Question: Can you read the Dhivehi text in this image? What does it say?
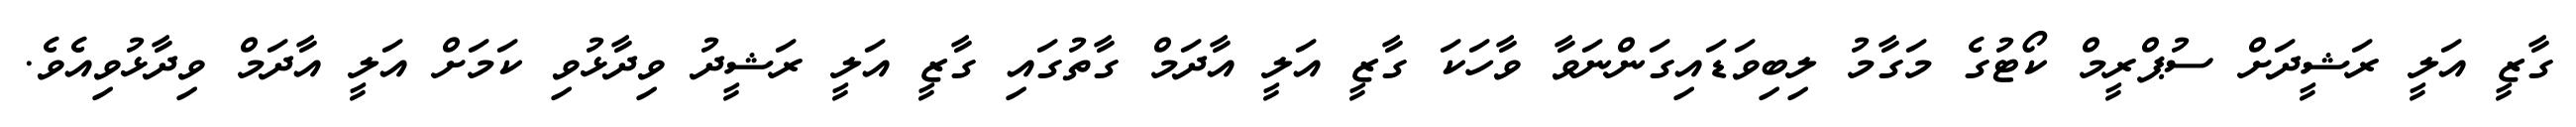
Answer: ގާޒީ އަލީ ރަޝީދަށް ސުޕްރީމް ކޯޓުގެ މަގާމު ލިބިވަޑައިގަންނަވާ ވާހަކަ ގާޒީ އަލީ އާދަމް ގާތުގައި ގާޒީ އަލީ ރަޝީދު ވިދާޅުވި ކަމަށް އަލީ އާދަމް ވިދާޅުވިއެވެ.